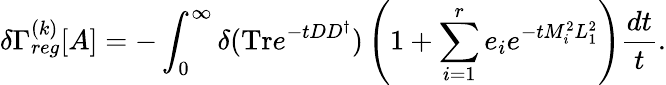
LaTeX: \delta\Gamma_{reg}^{(k)}[A]=-\int_{0}^{\infty}\delta(\mathrm{Tr}e^{-tDD^{\dagger}})\left(1+\sum_{i=1}^{r}e_{i}e^{-tM_{i}^{2}L_{1}^{2}}\right)\frac{dt}{t}.